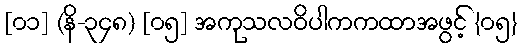
[၀၁] (နိ-၃၄၈) [၀၅] အကုသလဝိပါကကထာအဖွင့် {၀၅}